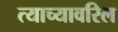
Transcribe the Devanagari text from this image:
त्याच्यावरिल